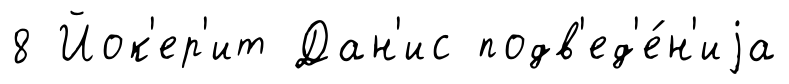
8 Йок'ер'ит Дан'ис подв'ед'е́н'иjа